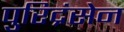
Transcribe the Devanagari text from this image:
पुरिद्रंसेन